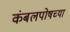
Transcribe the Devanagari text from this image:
कंबलपोषच्या